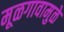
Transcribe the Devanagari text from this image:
मूळगावामुळे